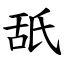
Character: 舐